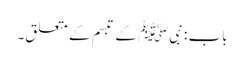
باب : نبیﷺ کے تبسم کے متعلق۔